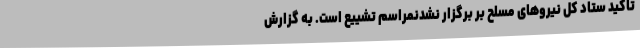
تاکید ستاد کل نیروهای مسلح بر برگزار نشدنمراسم تشییع است. به گزارش